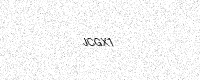
Text: JCGX1